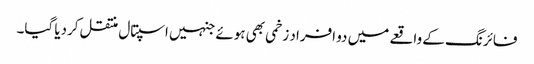
فائرنگ کے واقعے میں دو افراد زخمی بھی ہوئے جنہیں اسپتال منتقل کردیا گیا۔